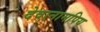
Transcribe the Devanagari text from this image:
देवानामपिय